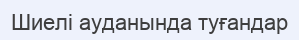
Шиелі ауданында туғандар